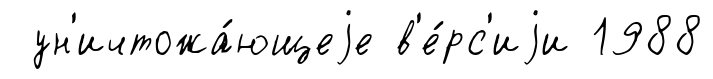
ун'ичтожа́ющеjе в'е́рс'иjи 1988